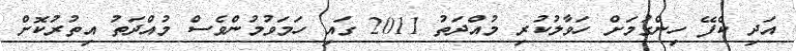
އަދި ކެފޭ ހިންގުމަށް ހަވާލުކުރި މުއްދަތު 2011 ގައި ހަމަވުމުންވެސް މުއްދަތު އިތުރުކޮށް